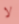
لا